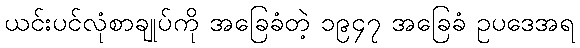
ယင်းပင်လုံစာချုပ်ကို အခြေခံတဲ့ ၁၉၄၇ အခြေခံ ဥပဒေအရ